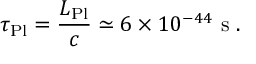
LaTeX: \tau _ { \mathrm { P l } } = \frac { L _ { \mathrm { P l } } } { c } \simeq 6 \times 1 0 ^ { - 4 4 } \ \mathrm { s } \ .